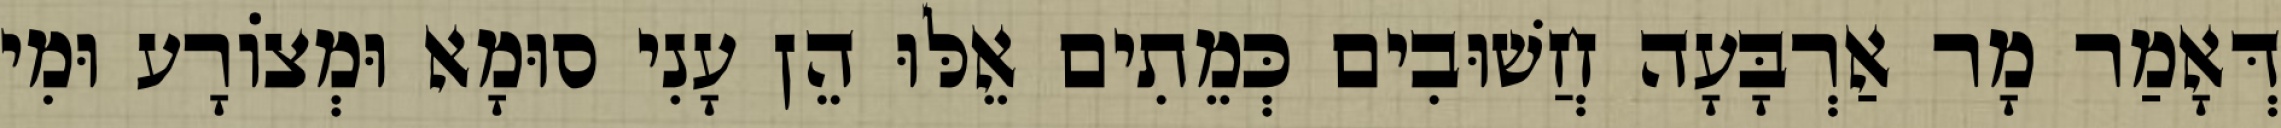
דְּאָמַר מָר אַרְבָּעָה חֲשׁוּבִים כְּמֵתִים אֵלּוּ הֵן עָנִי סוּמָא וּמְצוֹרָע וּמִי